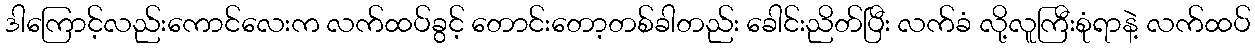
ဒါကြောင့်လည်းကောင်လေးက လက်ထပ်ခွင့် တောင်းတော့တစ်ခါတည်း ခေါင်းညိတ်ပြီး လက်ခံ လို့လူကြီးစုံရာနဲ့ လက်ထပ်